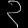
Digit: ၃